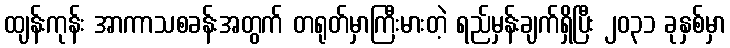
ထျန်းကုန်း အာကာသစခန်းအတွက် တရုတ်မှာကြီးမားတဲ့ ရည်မှန်းချက်ရှိပြီး ၂၀၃၁ ခုနှစ်မှာ